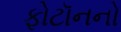
ફોટૉનનો